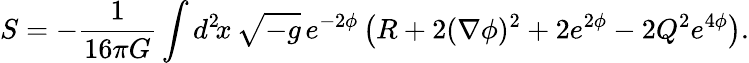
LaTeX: S=-\frac{1}{16\pi G}\int d^{2}\! x\, \sqrt{-g}\, e^{-2\phi}\left(R+2(\nabla\phi)^{2}+2e^{2\phi}-2Q^{2}e^{4\phi}\right).